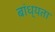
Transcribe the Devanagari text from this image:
बांध्यता